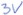
Text: 3V